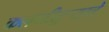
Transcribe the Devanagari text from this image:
कलगीतुर्‍याचे